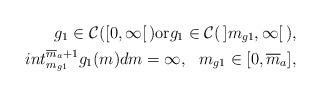
LaTeX: \begin{align*}g_1 \in \mathcal{C} ([0, \infty [ \, ) \mbox{or} g_1\in \mathcal{C} ( \, ]m_{g1}, \infty [ \, ) , \\int_{m_{g1}}^{\overline{m}_a+1} g_1(m) dm = \infty , \ \ m_{g1}\in [0, \overline{m}_a],\end{align*}